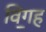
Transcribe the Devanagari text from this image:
विग॒ह